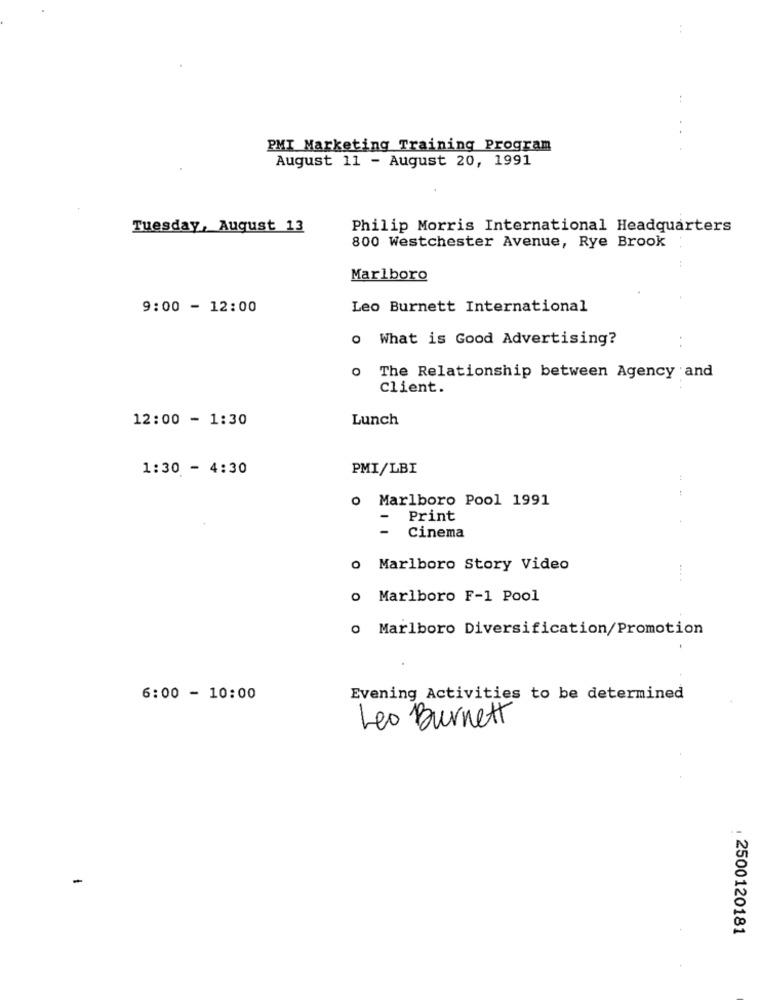
PMI Marketing Training Program
August 11 - August 20, 1991
Tuesday, August 13
Philip Morris International Headquarters
800 Westchester Avenue, Rye Brook
Marlboro
9:00 - 12:00
Leo Burnett International
o What is Good Advertising?
The Relationship between Agency and
client.
12:00 - 1:30
Lunch
1:30 - 4:30
PMI/LBI
o Marlboro Pool 1991
Print
Cinema
o Marlboro Story Video
....
o Marlboro F-1 Pool
o Marlboro Diversification/Promotion
6:00 - 10:00
Evening Activities to be determined
Leo Burnett
. 2500120181